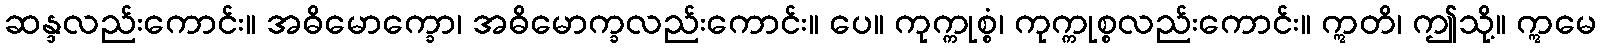
ဆန္ဒလည်းကောင်း။ အဓိမောက္ခော၊ အဓိမောက္ခလည်းကောင်း။ ပေ။ ကုက္ကုစ္စံ၊ ကုက္ကုစ္စလည်းကောင်း။ ဣတိ၊ ဤသို့။ ဣမေ